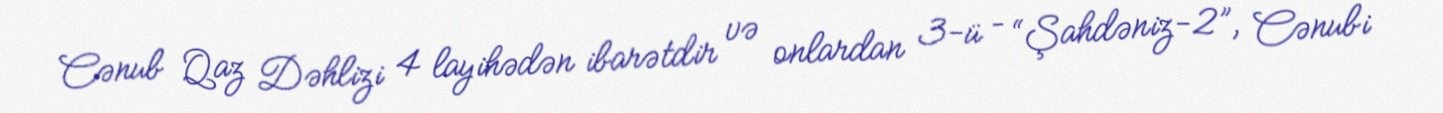
Cənub Qaz Dəhlizi 4 layihədən ibarətdir və onlardan 3-ü – “Şahdəniz-2”, Cənubi